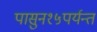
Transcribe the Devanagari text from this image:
पासुन१५पर्यन्त